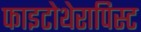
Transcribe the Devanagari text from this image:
फाइटोथेरापिस्ट